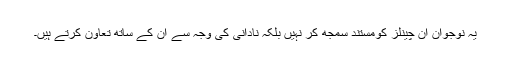
یہ نوجوان ان چینلز کومستند سمجھ کر نہیں بلکہ نادانی کی وجہ سے ان کے ساتھ تعاون کرتے ہیں۔